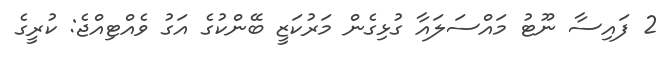
2 ފައިސާ ނޫޓު މައްސަލައާ ގުޅިގެން މަރުކަޒީ ބޭންކުގެ އަގު ވެއްޓިއްޖެ: ކުރީގެ